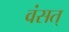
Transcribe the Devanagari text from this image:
वंसत्‌